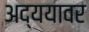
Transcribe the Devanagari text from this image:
अद्ययावर